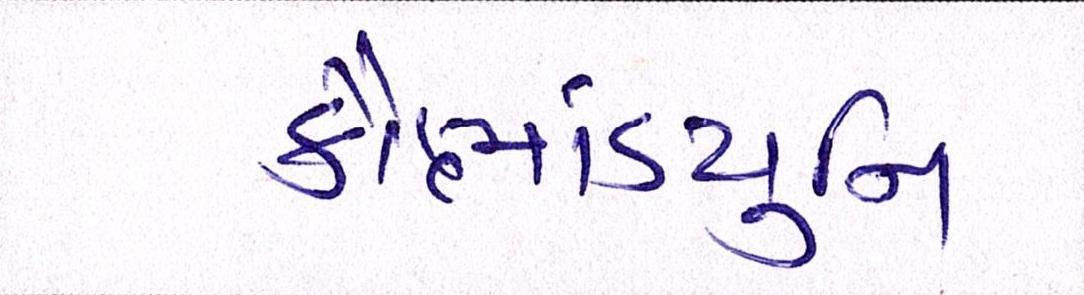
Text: કૌભાંડયુનિ